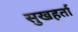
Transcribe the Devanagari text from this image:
सुखहर्ता